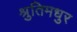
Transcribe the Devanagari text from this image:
श्रुतिमधुर